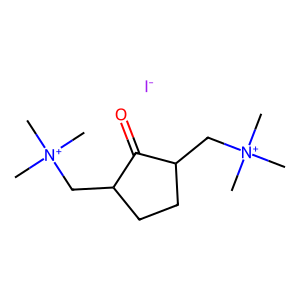
SMILES: C[N+](C)(C)CC1CCC(C[N+](C)(C)C)C1=O.[I-]
Inhibits HIV replication: No